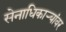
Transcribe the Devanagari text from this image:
सेनाधिकाऱ्यांवर